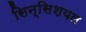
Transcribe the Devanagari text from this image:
सिन्सिशयल